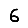
Digit: 6